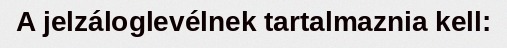
A jelzáloglevélnek tartalmaznia kell: